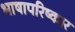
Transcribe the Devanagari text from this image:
भाषापरिष्कार